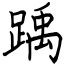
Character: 踽